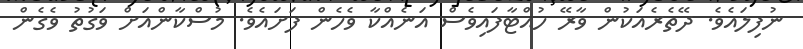
ނުފިލައެވެ. ދޭތެރެއަކުން ވާރޭ ހުއްޓާފައިވެސް އަނެއްކާ ވެހެން ފަށައެވެ. މުސްކާންއަށް ވަގުތު ވެގެން